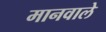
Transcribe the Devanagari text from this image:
मानवाले